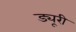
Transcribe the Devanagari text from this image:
ड्यूरी